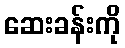
ဆေးခန်းကို